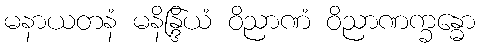
မနာယတနံ မနိန္ဒြိယံ ဝိညာဏံ ဝိညာဏက္ခန္ဓော